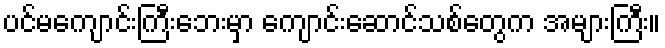
ပင်မကျောင်းကြီးဘေးမှာ ကျောင်းဆောင်သစ်တွေက အများကြီး။